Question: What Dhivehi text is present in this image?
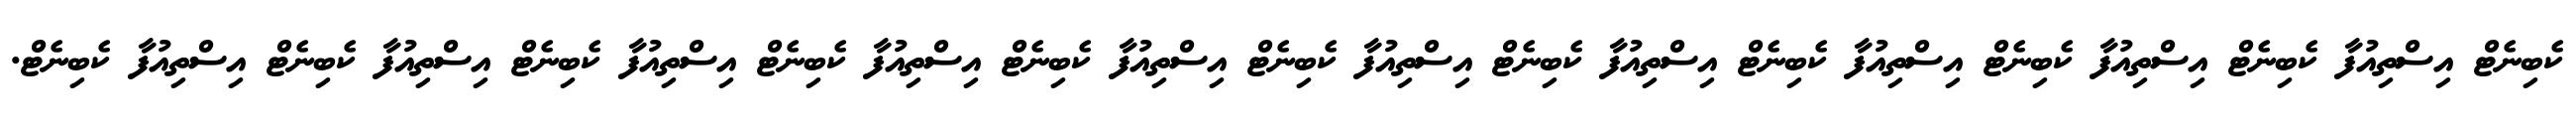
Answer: ކެބިނެޓް އިސްތިއުފާ ކެބިނެޓް އިސްތިއުފާ ކެބިނެޓް އިސްތިއުފާ ކެބިނެޓް އިސްތިއުފާ ކެބިނެޓް އިސްތިއުފާ ކެބިނެޓް އިސްތިއުފާ ކެބިނެޓް އިސްތިއުފާ ކެބިނެޓް އިސްތިއުފާ ކެބިނެޓް އިސްތިއުފާ ކެބިނެޓް އިސްތިއުފާ ކެބިނެޓް.